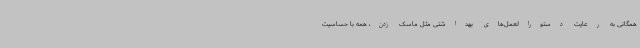
همگانی به رعایت دستورالعمل‌های بهداشتی مثل ماسک زدن، همه با حساسیت